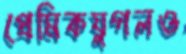
প্রেমিকযুগলও